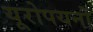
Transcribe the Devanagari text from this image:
यूरोपयनों